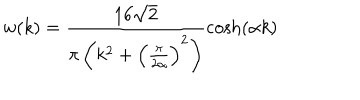
w ( k ) = \frac { 1 6 \sqrt { 2 } } { \pi \left( k ^ { 2 } + \left( \frac { \pi } { 2 \alpha } \right) ^ { 2 } \right) } \cosh ( \alpha k )